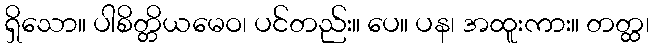
ရှိသော။ ပါစိတ္တိယမေဝ၊ ပင်တည်း။ ပေ။ ပန၊ အထူးကား။ တတ္ထ၊